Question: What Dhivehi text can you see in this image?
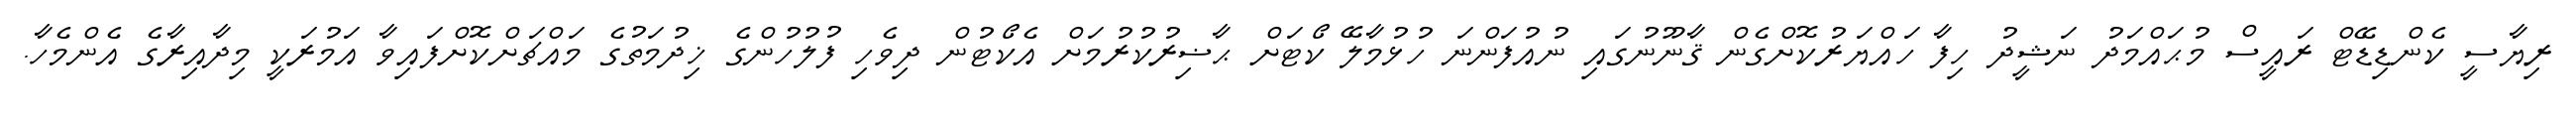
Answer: ރިޔާސީ ކެންޑިޑޭޓް ރައީސް މުޙައްމަދު ނަޝީދު ހިފާ ހައްޔަރުކޮށްގެން ޤާނޫނުގައި ނުއުފަންނަ ހުޅުމާލޭ ކޯޓަށް ޙާޟިރުކުރުމަށް އެކޯޓުން ދިވެހި ފުލުހުންގެ ޚިދުމަތުގެ މައްޗަށްކޮށްފައިވާ އަމުރަކީ މިދާއިރާގެ އެންމެހާ.